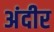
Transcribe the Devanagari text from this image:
अंदीर